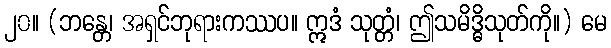
၂၀။ (ဘန္တေ၊ အရှင်ဘုရားကဿပ။ ဣဒံ သုတ္တံ၊ ဤသမိဒ္ဓိသုတ်ကို။) မေ